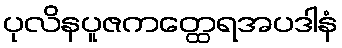
ပုလိနပူဇကတ္ထေရအပဒါနံ